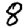
Digit: 8